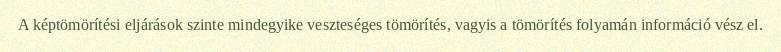
A képtömörítési eljárások szinte mindegyike veszteséges tömörítés, vagyis a tömörítés folyamán információ vész el.